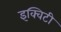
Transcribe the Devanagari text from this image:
इक्‍विटी